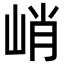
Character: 峭